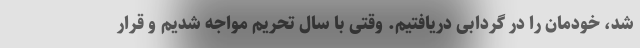
شد، خودمان را در گردابی دریافتیم. وقتی با سال تحریم مواجه شدیم و قرار